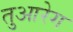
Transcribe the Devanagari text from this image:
तुआरेग